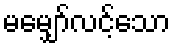
မမျှော်လင့်သော